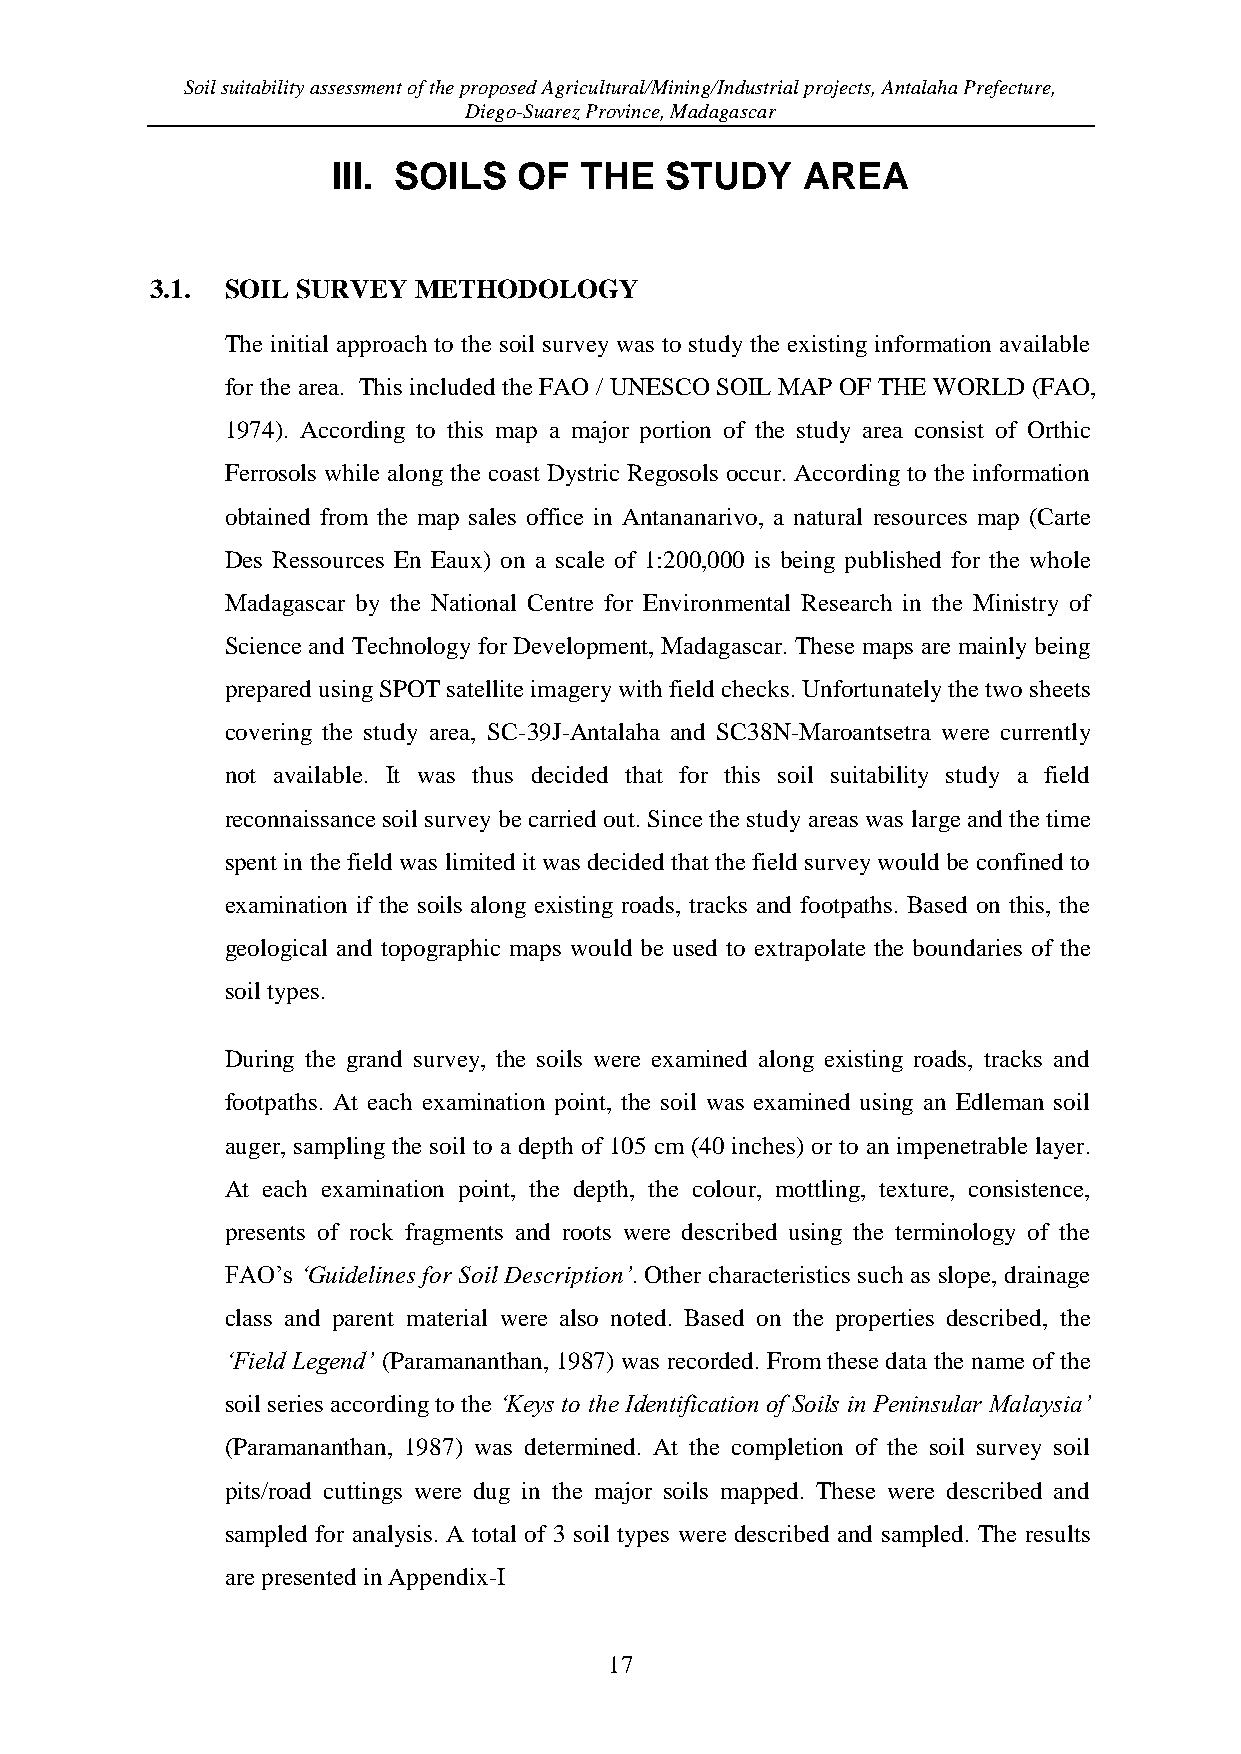
Soil suitability assessment of the proposed Agricultural/Mining/Industrial projects, Antalaha Prefecture,
 Diego-Suarez Province, Madagascar
 III. SOILS  OF  THE   STUDY    AREA
 3.1. SOIL SURVEY METHODOLOGY
 The initial approach to the soil survey was to study the existing information available
 for the area. This included the FAO / UNESCO SOIL MAP OF THE WORLD (FAO,
 1974). According to this map a major portion of the study area consist of Orthic
 Ferrosols while along the coast Dystric Regosols occur. According to the information
 obtained from the map sales office in Antananarivo, a natural resources map (Carte
 Des Ressources En Eaux) on a scale of 1:200,000 is being published for the whole
 Madagascar by the National Centre for Environmental Research in the Ministry of
 Science and Technology for Development, Madagascar. These maps are mainly being
 prepared using SPOT satellite imagery with field checks. Unfortunately the two sheets
 covering the study area, SC-39J-Antalaha and SC38N-Maroantsetra were currently
 not available. It was thus decided that for this soil suitability study a field
 reconnaissance soil survey be carried out. Since the study areas was large and the time
 spent in the field was limited it was decided that the field survey would be confined to
 examination if the soils along existing roads, tracks and footpaths. Based on this, the
 geological and topographic maps would be used to extrapolate the boundaries of the
 soil types.
 During the grand survey, the soils were examined along existing roads, tracks and
 footpaths. At each examination point, the soil was examined using an Edleman soil
 auger, sampling the soil to a depth of 105 cm (40 inches) or to an impenetrable layer.
 At each examination point, the depth, the colour, mottling, texture, consistence,
 presents of rock fragments and roots were described using the terminology of the
 FAO’s ‘Guidelines for Soil Description’. Other characteristics such as slope, drainage
 class and parent material were also noted. Based on the properties described, the
 ‘Field Legend’ (Paramananthan, 1987) was recorded. From these data the name of the
 soil series according to the ‘Keys to the Identification of Soils in Peninsular Malaysia’
 (Paramananthan, 1987) was determined. At the completion of the soil survey soil
 pits/road cuttings were dug in the major soils mapped. These were described and
 sampled for analysis. A total of 3 soil types were described and sampled. The results
 are presented in Appendix-I
 17